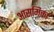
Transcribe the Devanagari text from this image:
आसमिका